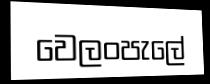
වෙලංපැලේ